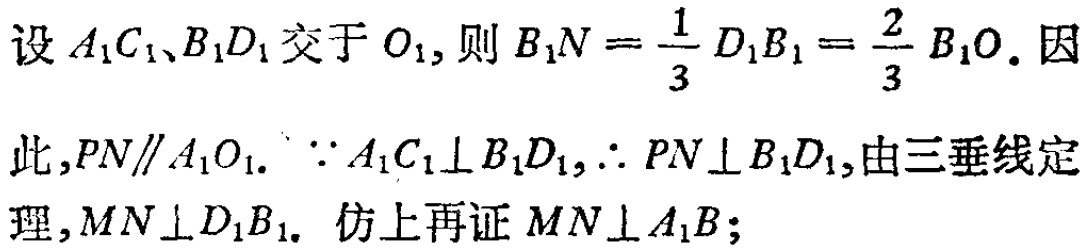
设 \(A_{1}C_{1}、B_{1}D_{1}\) 交于 \(O_{1}\)，则 \(B_{1}N = \frac{1}{3} D_{1}B_{1} = \frac{2}{3} B_{1}O\). 因此,\(PN\parallel A_{1}O_{1}\). \(\because A_{1}C_{1}\perp B_{1}D_{1},\therefore PN\perp B_{1}D_{1}\),由三垂线定理,\(MN\perp D_{1}B_{1}\). 仿上再证 \(MN\perp A_{1}B\);